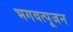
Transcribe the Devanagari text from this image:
भगवत्पूजन